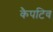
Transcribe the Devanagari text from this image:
कैपटिव